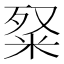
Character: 𥹏